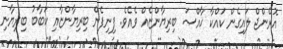
އޮރެންޖް ލައިގެން ކައްކާ ޚާއްޞަ ބިރިޔާންޏެއް ވެއެވެ. ފިނިފެން ބިރިޔާންޏާއި ކަބާބު ބިރިޔާނި